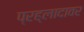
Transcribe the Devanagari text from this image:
प्रह्लादावर